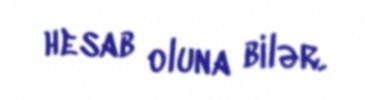
hesab oluna bilər.